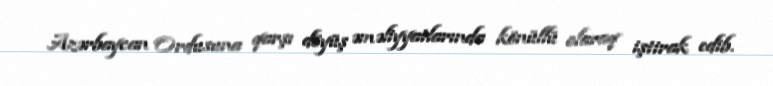
Azərbaycan Ordusuna qarşı döyüş əməliyyatlarında könüllü olaraq iştirak edib.